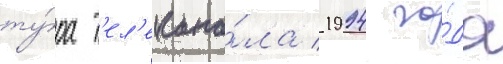
ту́ра т'ел'екана́ла 1994 го́да